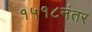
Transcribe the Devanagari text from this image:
१५१८नंतर